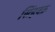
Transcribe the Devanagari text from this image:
सिंहवक्र